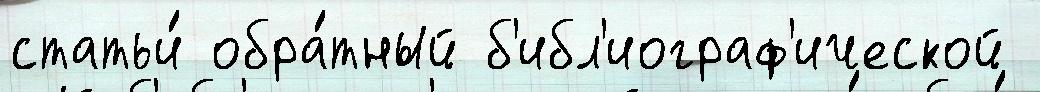
статьи́ обра́тный б'ибл'иограф'ической